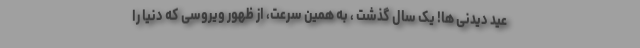
عید دیدنی ها! یک سال گذشت ، به همین سرعت، از ظهور ویروسی که دنیا را